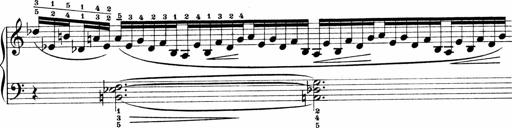
Title: Sonatina No.1
Composer: Otto Stoll
Key: C major